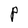
Character: P